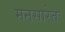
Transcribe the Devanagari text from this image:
मनसारेतः